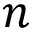
n